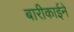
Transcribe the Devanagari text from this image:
बारीकाईने